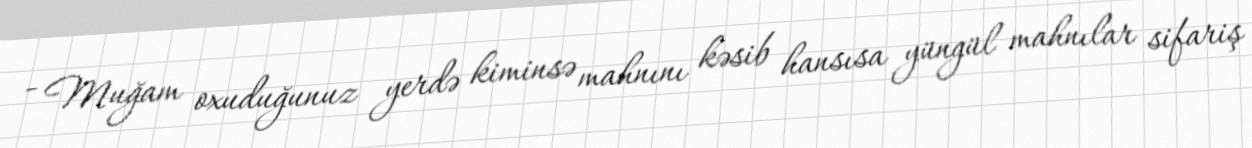
- Muğam oxuduğunuz yerdə kiminsə mahnını kəsib hansısa yüngül mahnılar sifariş